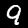
Digit: 9